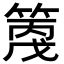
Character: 𥱗